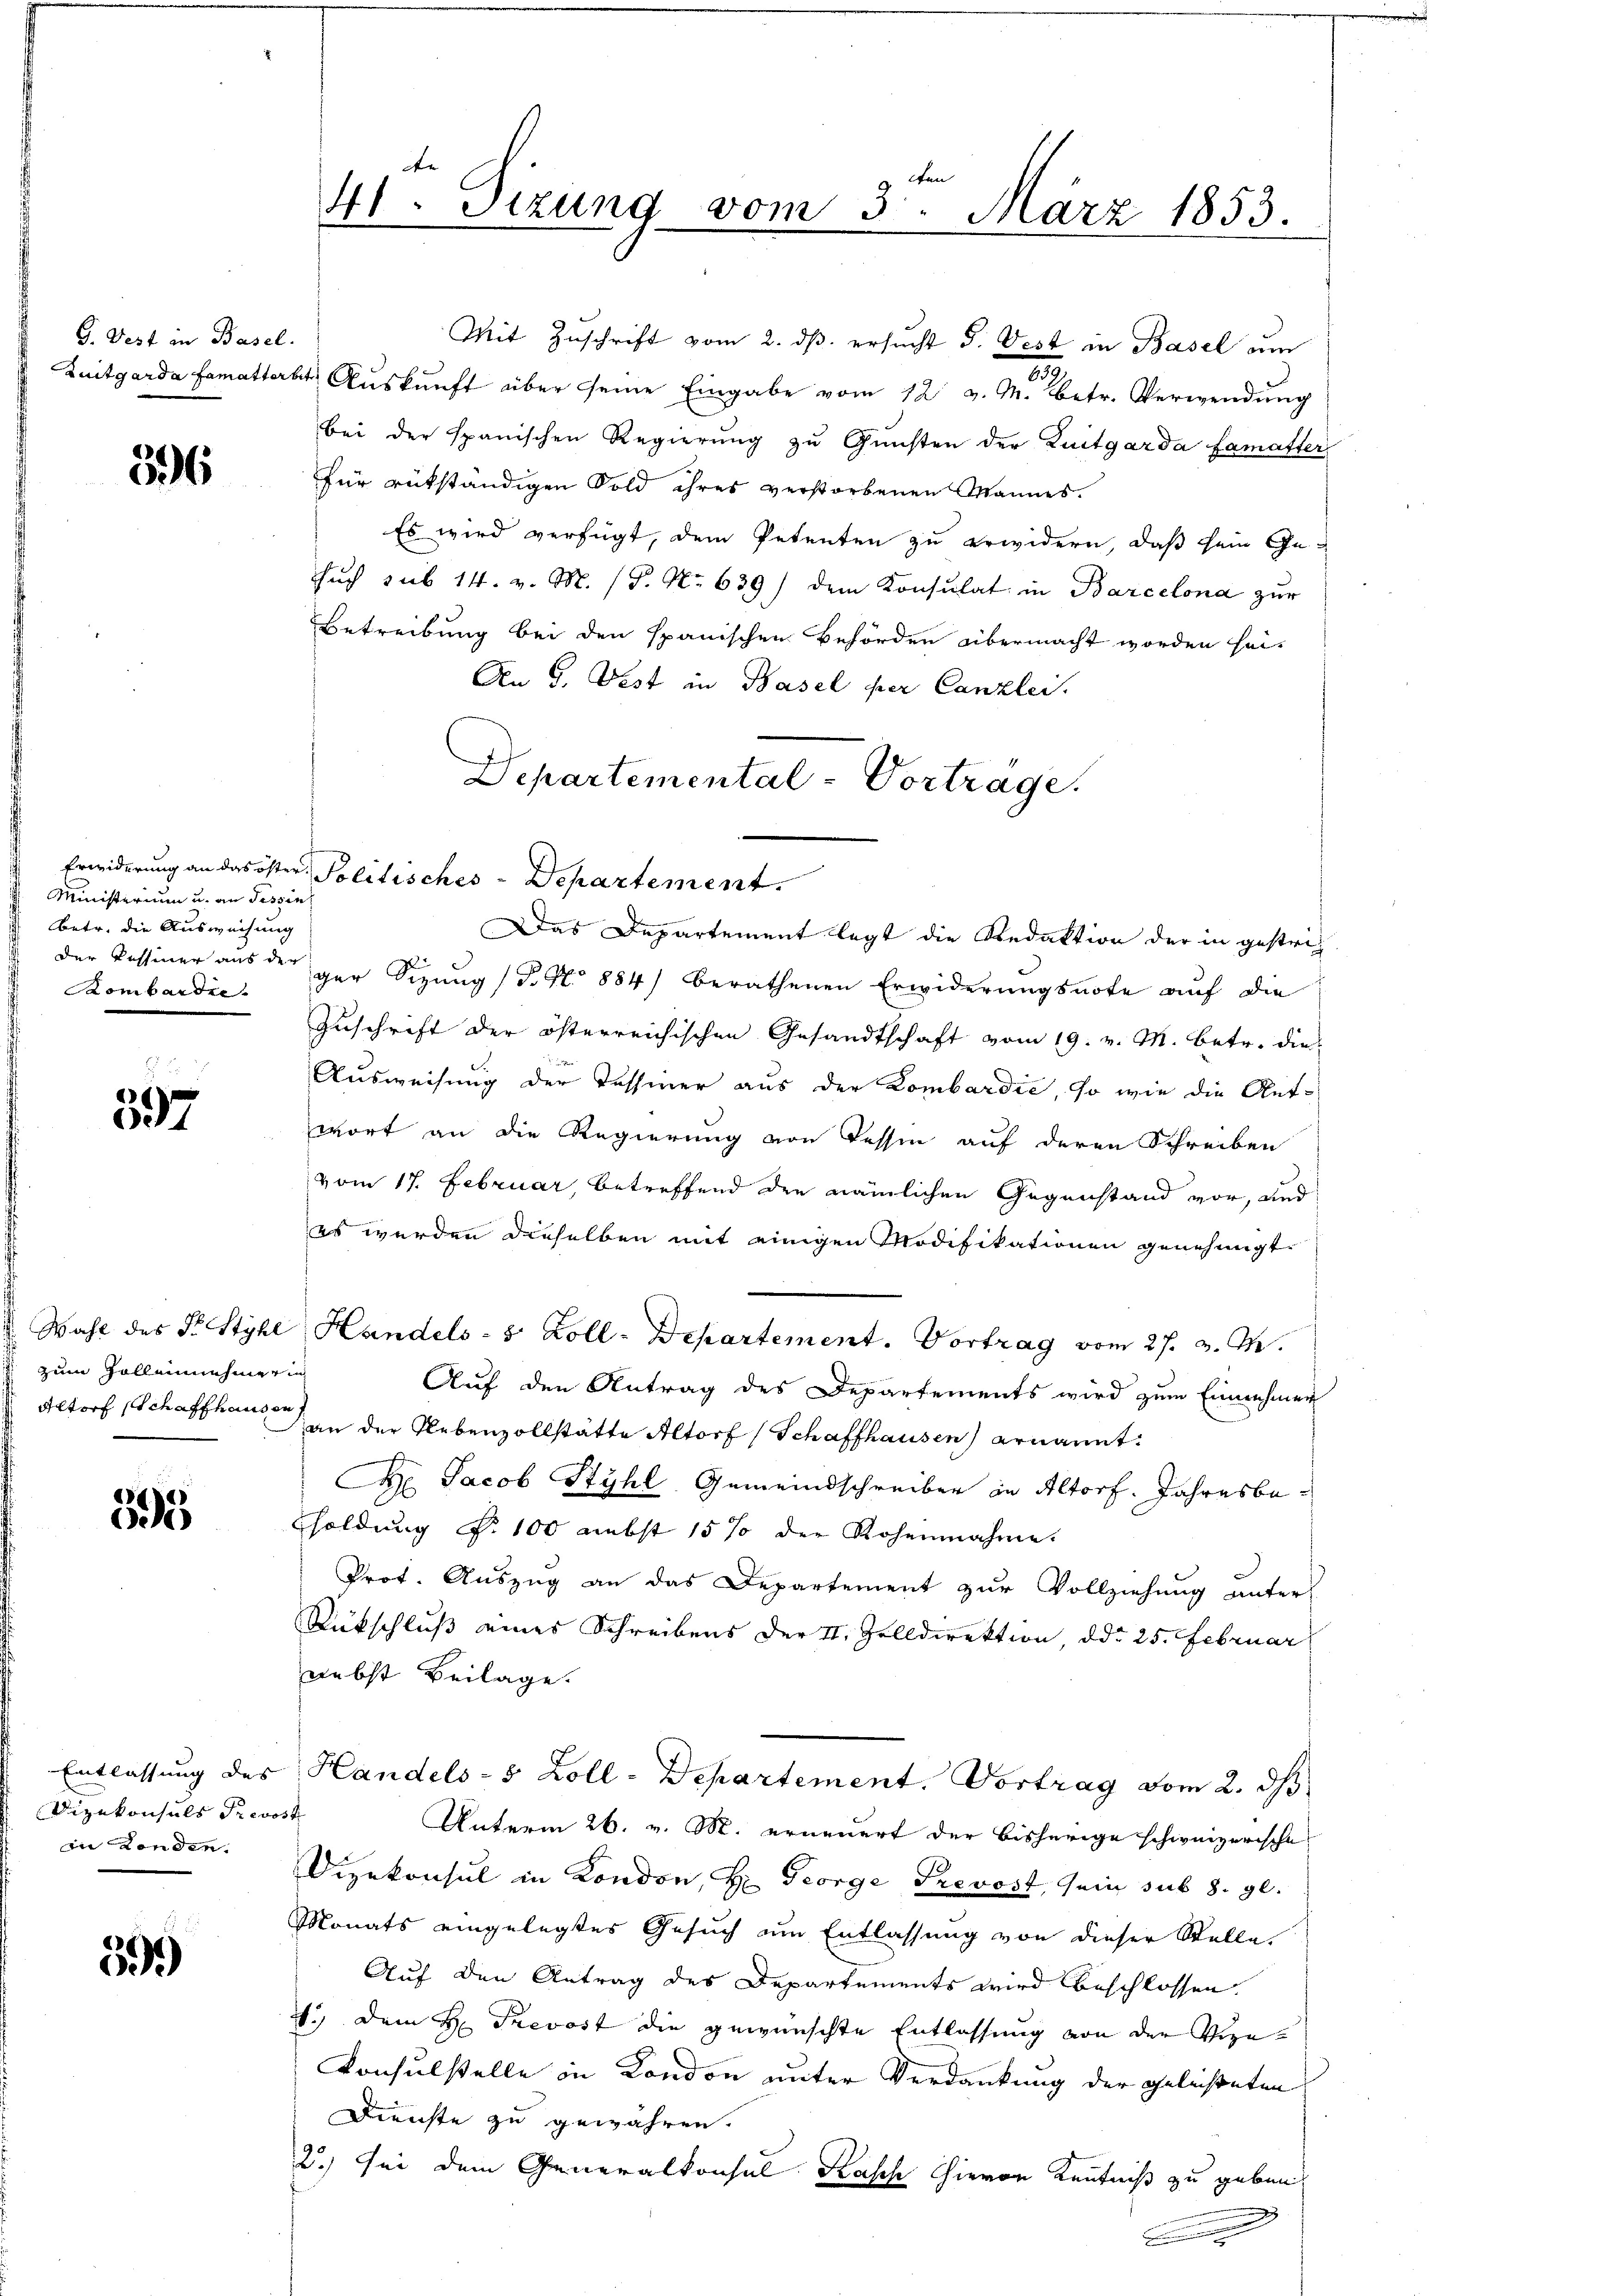
G. Dest in Basel.

596

Ministerium u. an Tessin
betr. die Ausweisung
der Tessiner aus der
Kombardie

397

zum Zollenehmerin
Altorf (Schaffhausen

35

Dizekonsuls Prevost
in Londen.

599)

41. Sizung vom 3. März 1853.

Mit Zuschrift vom 2. dβ ersŭcht S. Vest in Basel um
o
Zuitgarda famatterkt Auskunft über seine Eingabe vom 12 v. M. Betr. Verwendung
bei der spanischen Regierŭng zŭ Gŭnsten der Zeitgarda famatter
für rükständigen Sold ihres verstorbenen Mannes.
Es wird verfügt, dem Petenten zu erwidern, daß sein Ge-
such sub 14. v. M. (S. Nr. 639) dem Konsulat in Barcelona zur
Betreibung bei den spanischen Behörden übermacht worden sei¬
An 5. Fest in Basel per Canzlei.
Departemental-Vorträge.

Erwiderung an das öster Politisches - Departement.

Das Departement legt die Redaktion der in gestrich
ger Sizung /B. Nr. 884) berathenen Erwiderungsnote auf die
Zuschrift der österreichischen Gesandtschaft vom 19. v. M. betr. die
Ausweisung der Tessiner aus der Lombardić, so wie die Ant-
wort an die Regierung von Tessin auf deren Schreiben
vom 17. Februar, betreffend den nämlichen Gegenstand vor, und
es werden dieselben mit einigen Modifikationen genehmigt
Wahl des Dr Styhl Handels- 8 Zoll-Departement. Vortrag vom 27. v. M.
Auf den Antrag des Departements wird zum Einnehmen
an der Nebenzollstätte Altorf (Schaffhausen) ernannt:
He Jacob Styhl Gemeindschreiben in Altorf. Jahresbeholdung §. 100 nebst 15% der Rohennahme.
Prot. Auszug an das Departement zur Vollziehung unterl
Rückschluß eines Schreibens der II. Zolldirektion, ddo 25. Februar
nebst Beilage.
Entlassung des Handels- 5 Zoll-Departement. Vortrag vom 2. ds
Unterm 26. v. M. erneuert der bisherige schweizerische
Dizekonsul in London, H. George Prevost, sein sub 8. gl.
Monats eingelegtes Gesuch um Entlassung von dieser Stelle,
Auf den Antrag des Departements wird beschlossen.
1.) Dem H. Trevost die gewünschte Entlassung von der Vize-
Konsulstelle in Kondon unter Verdankung der geleisteten
Dienste zu gewähren.
2.) Sei dem Generalkonsul Kasch hievon Kenntniß zu geben
n
.